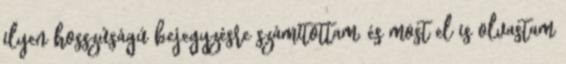
ilyen hosszúságú bejegyzésre számítottam, és most el is olvastam